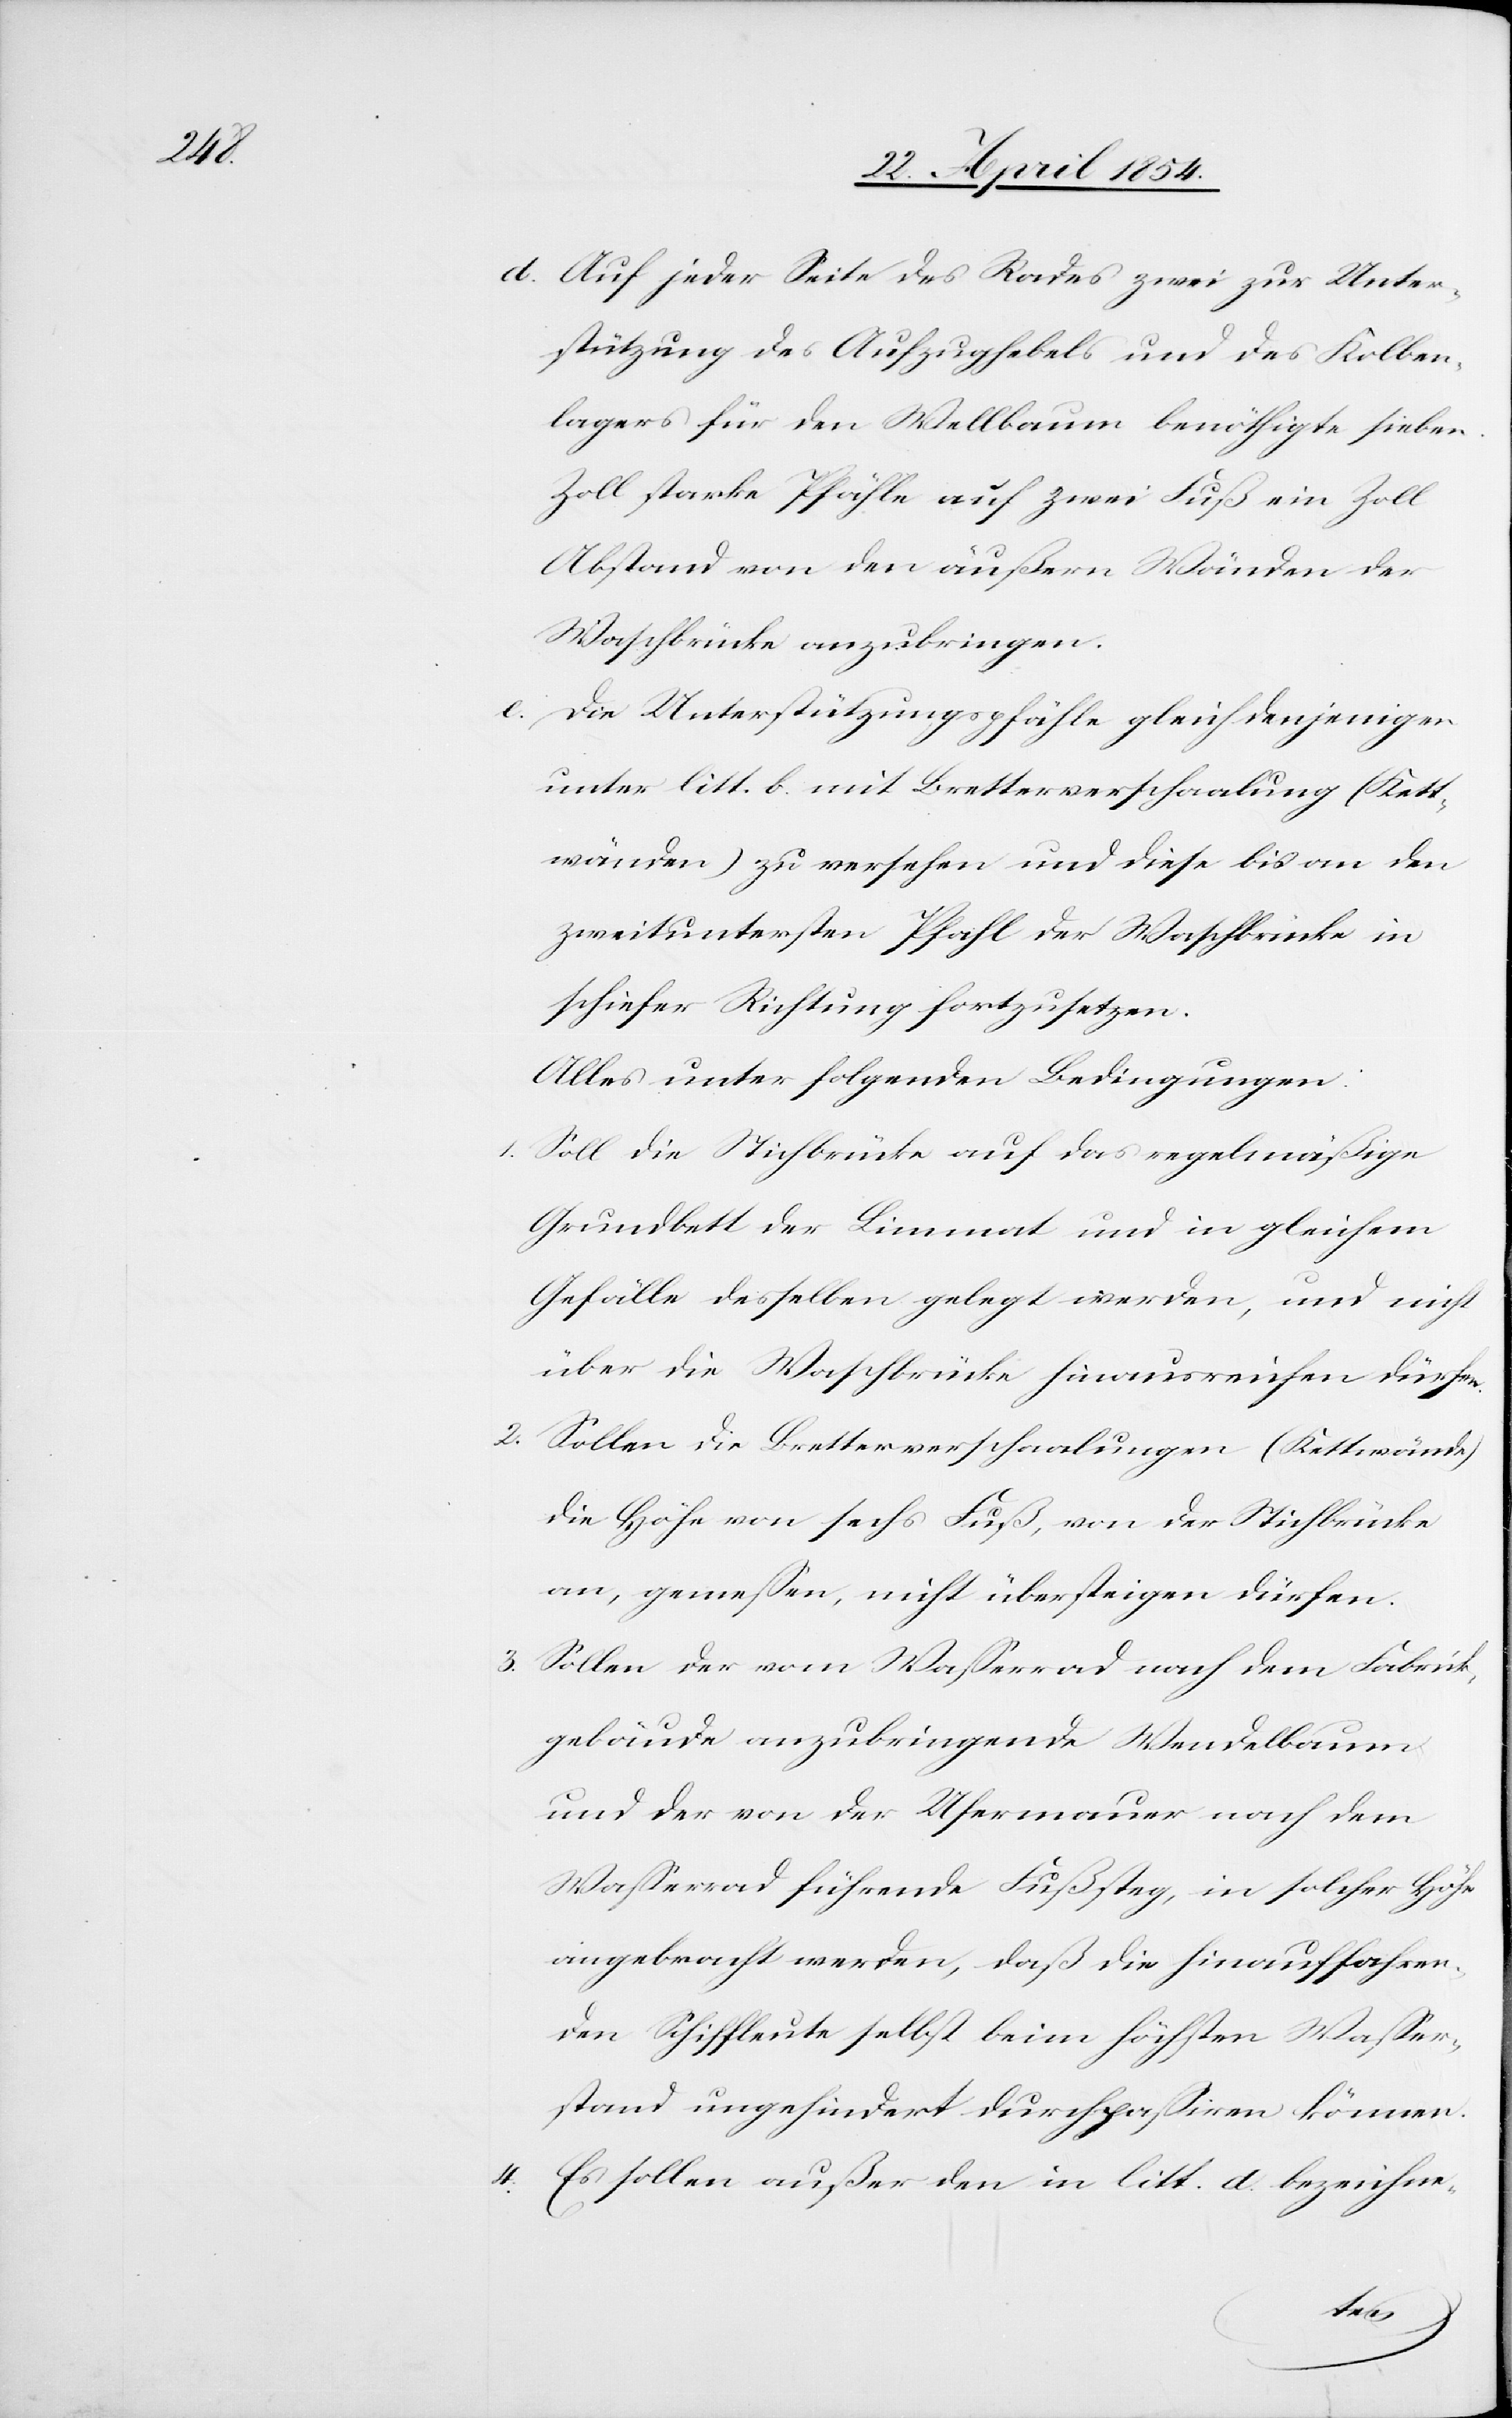
d. Auf jeder Seite des Rades zwei zur Unter¬
stützung des Aufzughebels und des Kolben¬
lagers für den Wellbaum benöthigte sieben
Zoll starke Pfähle auf zwei Fuß ein Zoll
Abstand von den äußern Wänden der
Waschbrücke anzubringen.
e. Die Unterstützungspfähle gleich denjenigen
unter litt. b. mit Bretterverschaalung (Kett¬
wänden) zu versehen und diese bis an den
zweituntersten Pfahl der Waschbrücke in
schiefer Richtung fortzusetzen.
Alles unter folgenden Bedingungen:
1. Soll die Stichbrücke auf das regelmäßige
Grundbett der Limmat und in gleichem
Gefälle desselben gelegt werden, und nicht
über die Waschbrücke hinausreichen dürfen.
2. Sollen die Bretterverschaalungen (Kettwände)
die Höhe von sechs Fuß, von der Stichbrücke
an, gemeßen, nicht übersteigen dürfen.
3.
Sollen der vom Waßerrad nach dem Fabrik¬
gebäude anzubringende Wendelbaum
und der von der Ufermauer nach dem
Waßerrad führende Fußsteg, in solcher Höhe
angebracht werden, daß die hinauffahren¬
den Schiffleute selbst beim höchsten Waßer¬
stand ungehindert durchpaßiren können.
4. Es sollen außer den in litt. a. bezeichne-